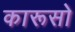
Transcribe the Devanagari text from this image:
कारूसो